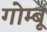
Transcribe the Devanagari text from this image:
गोम्बू